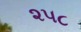
૨૫૮